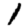
Digit: 1